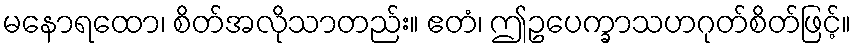
မနောရထော၊ စိတ်အလိုသာတည်း။ ဧတံ၊ ဤဥပေက္ခာသဟဂုတ်စိတ်ဖြင့်။